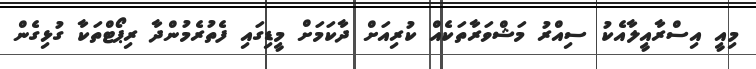
މިއީ އިސްރާއީލާއެކު ސިއްރު މަޝްވަރާތަކެއް ކުރިއަށް ދާކަމަށް މީޑިގައި ފެތުރެމުންދާ ރިޕޯޓްތަކާ ގުޅިގެން